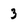
Character: 3